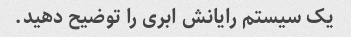
یک سیستم رایانش ابری را توضیح دهید.